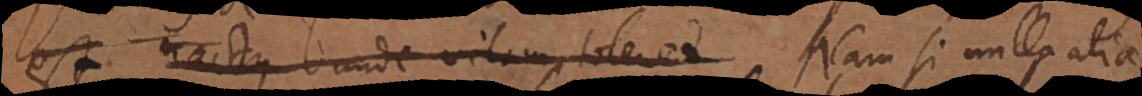
est nactus unde vitam toleret Nam si nulla alia